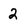
Character: 2